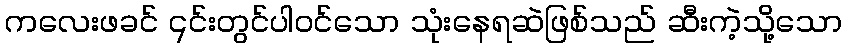
ကလေးဖခင် ၎င်းတွင်ပါဝင်သော သုံးနေရဆဲဖြစ်သည် ဆီးကဲ့သို့သော